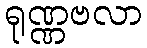
ရုဏ္ဏဗလာ